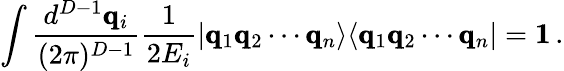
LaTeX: \int\frac{d^{D-1}\pmb{\mathrm{q}}_{i}}{(2\pi)^{D-1}}\frac{1}{2E_{i}}|\pmb{\mathrm{q}}_{1}\pmb{\mathrm{q}}_{2}\cdots\pmb{\mathrm{q}}_{n}\rangle\langle\pmb{\mathrm{q}}_{1}\pmb{\mathrm{q}}_{2}\cdots\pmb{\mathrm{q}}_{n}|=\pmb{1}\, .